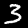
Label: 3